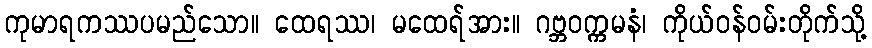
ကုမာရကဿပမည်သော။ ထေရဿ၊ မထေရ်အား။ ဂဗ္ဘဝက္ကမနံ၊ ကိုယ်ဝန်ဝမ်းတိုက်သို့